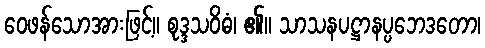
ဝေဖန်သောအားဖြင့်။ စုဒ္ဒသဝိဓံ၊ ၏။ သာသနပဋ္ဌာနပ္ပဘေဒတော၊